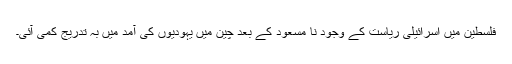
فلسطین میں اسرائیلی ریاست کے وجود نا مسعود کے بعد چین میں یہودیوں کی آمد میں بہ تدریج کمی آئی۔